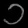
Digit: ၁